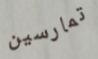
تمارسين